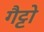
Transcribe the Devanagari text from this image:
गैट्टो